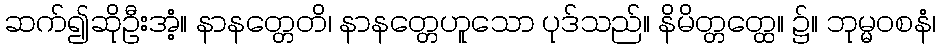
ဆက်၍ဆိုဦးအံ့။ နာနတ္တေတိ၊ နာနတ္တေဟူသော ပုဒ်သည်။ နိမိတ္တတ္ထေ။ ၌။ ဘုမ္မဝစနံ၊